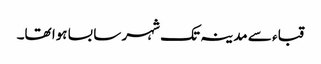
قباء سے مدینہ تک شہر سا بسا ہوا تھا۔